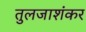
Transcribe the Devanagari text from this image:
तुलजाशंकर